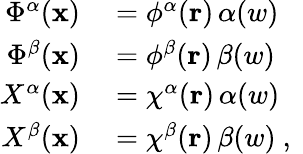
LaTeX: \begin{array}{rl}{\Phi^{\alpha}(\mathbf{x})}&{{}=\phi^{\alpha}(\mathbf{r})\, \alpha(w)}\\ {\Phi^{\beta}(\mathbf{x})}&{{}=\phi^{\beta}(\mathbf{r})\, \beta(w)}\\ {X^{\alpha}(\mathbf{x})}&{{}=\chi^{\alpha}(\mathbf{r})\, \alpha(w)}\\ {X^{\beta}(\mathbf{x})}&{{}=\chi^{\beta}(\mathbf{r})\, \beta(w)\mathrm{~,~}}\end{array}